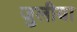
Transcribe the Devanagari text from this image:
जुलीया